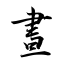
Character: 晝